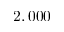
2 , 0 0 0